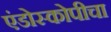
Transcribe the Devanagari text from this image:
एंडोस्कोपीचा